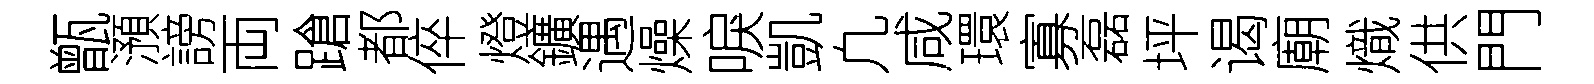
甑澦謗両蹌都倅燈鑛遇燥唳凱凢咸環寡磊坪谒廟熾供門